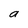
Character: a